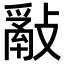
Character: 𢿮